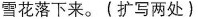
雪花落下来。(扩写两处)